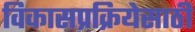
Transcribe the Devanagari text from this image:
विकासप्रक्रियेसाठी